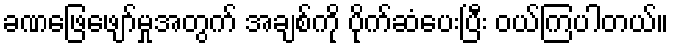
ခဏဖြေဖျော်မှုအတွက် အချစ်ကို ပိုက်ဆံပေးပြီး ဝယ်ကြပါတယ်။